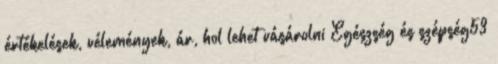
értékelések, vélemények, ár, hol lehet vásárolni Egészség és szépség53